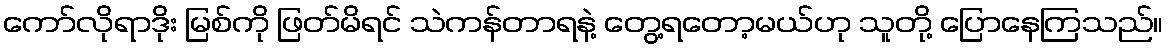
ကော်လိုရာဒိုး မြစ်ကို ဖြတ်မိရင် သဲကန်တာရနဲ့ တွေ့ရတော့မယ်ဟု သူတို့ ပြောနေကြသည်။